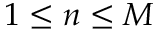
1 \leq n \leq M